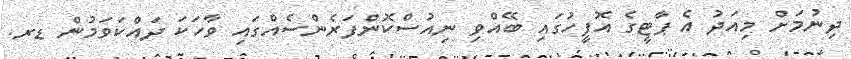
ދިނުމަށް މިއަދު އެ ޕާޓީގެ އޮފީހުގައި ބޭއްވި ނިއުސްކޮންފަރެންސެއްގައި ވާހަކަ ދައްކަވަމުން ޑރ.